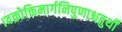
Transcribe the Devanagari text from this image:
।वक्रोक्तिमार्गनिपुणाश्चतुर्थों